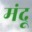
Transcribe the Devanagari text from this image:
मंदू